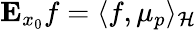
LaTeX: \mathbf{E}_{x_{0}}f=\langle f,\mu_{p}\rangle_{\mathcal{H}}